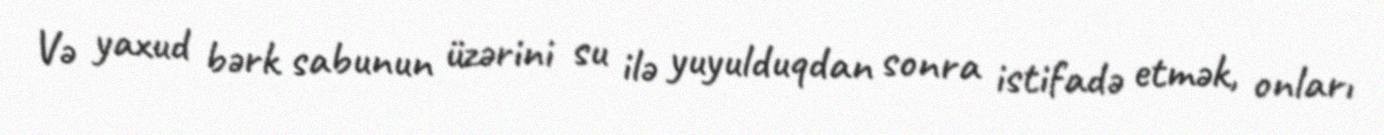
Və yaxud bərk sabunun üzərini su ilə yuyulduqdan sonra istifadə etmək, onları